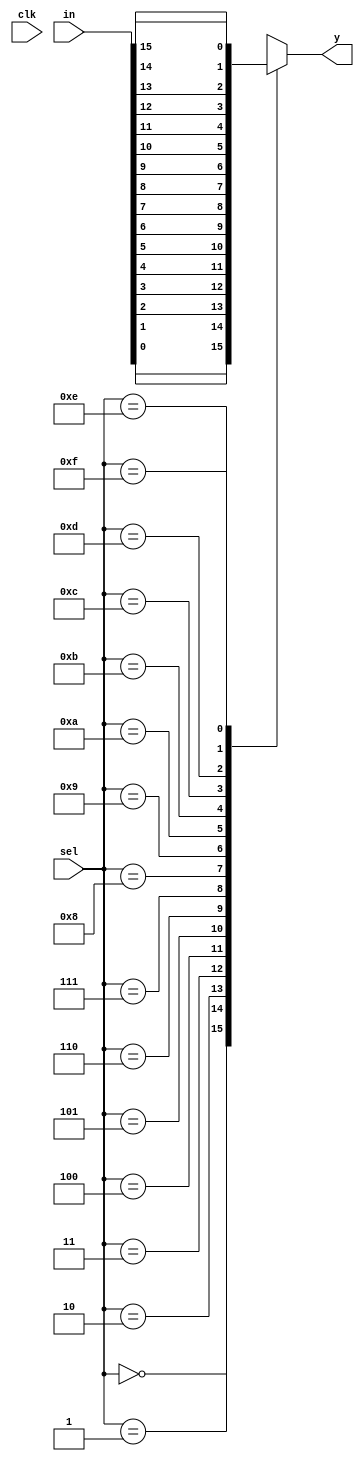
`timescale 1ns / 1ps
//////////////////////////////////////////////////////////////////////////////////
// Company: 
// Engineer: 
// 
// Design Name: 
// Module Name: N_MUX
// Project Name: 
// Target Devices: 
// Tool Versions: 
// Description: 
// 
// Dependencies: 
// 
// Revision:
// Revision 0.01 - File Created
// Additional Comments:
// 
//////////////////////////////////////////////////////////////////////////////////


module N_MUX(
    input [15:0] in,
    input clk,
    input [3:0] sel,
    output reg y
    );
   
    always@(in or sel)
    begin 
    case(sel)
    4'b0000 : y  = in[0];
    4'b0001 : y  = in[1];
    4'b0010 : y  = in[2];
    4'b0011 : y  = in[3];
    4'b0100 : y  = in[4];
    4'b0101 : y  = in[5];
    4'b0110 : y  = in[6];
    4'b0111 : y  = in[7];
    4'b1000 : y  = in[8];
    4'b1001 : y  = in[9];
    4'b1010 : y  = in[10];
    4'b1011 : y  = in[11];
    4'b1100 : y  = in[12];
    4'b1101 : y  = in[13];
    4'b1110 : y  = in[14];
    4'b1111 : y  = in[15];
    default : y  = 4'b0000;
    endcase
    end
endmodule